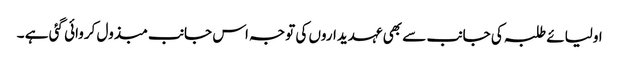
اولیائے طلبہ کی جانب سے بھی عہدیداروں کی توجہ اس جانب مبذول کروائی گئی ہے ۔